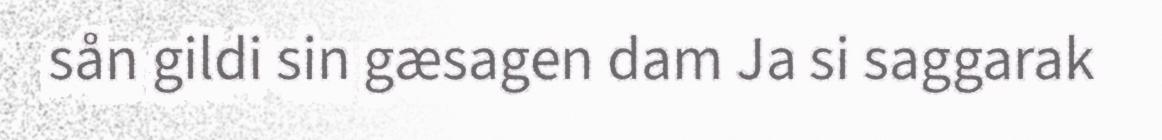
sån gildi sin gæsagen dam Ja si saggarak